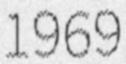
1969